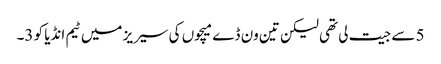
5 سے جیت لی تھی لیکن تین ون ڈے میچوں کی سیریز میں ٹیم انڈیا کو 3۔